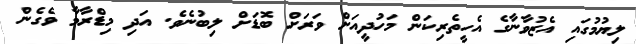
ލިޔުމުގައި އެޒުވާނާގެ އެހީތެރިކަން މަހުދީއަށް ވަރަށް ބޮޑަށް ލިބުނެވެ. އަދި މިޑްރާމާ ވެގެން